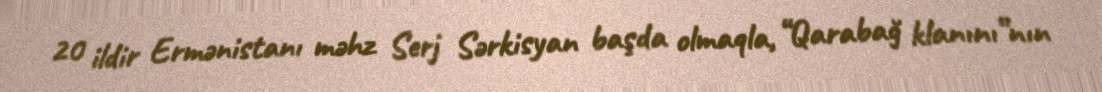
20 ildir Ermənistanı məhz Serj Sərkisyan başda olmaqla, “Qarabağ klanını”nın